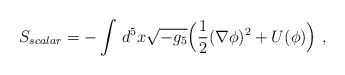
\begin{align*}S_{scalar} = -\int \,d^5 x \sqrt{-g_{5}} \Big(\frac{1}{2}(\nabla\phi)^2 + U(\phi) \Big)\ ,\end{align*}